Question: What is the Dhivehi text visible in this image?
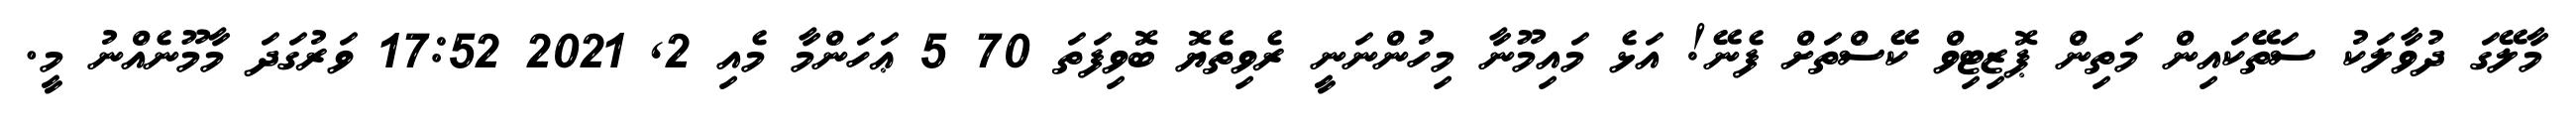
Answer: މާލޭގަ ދުވާލަކު ސަތޭކައިން މަތިން ޕޮޒިޓިވް ކޭސްތަށް ފެނޭ! އަޅެ މައިމޫނާ މިހުންނަނީ ރެވިތެޔޮ ބޮވިފަތަ 70 5 ޢަހަންމާ މެއި 2, 2021 17:52 ވަރުގަދަ މާމޫނެއްނު މީ.